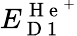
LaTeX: E_{\mathrm{~D~1~}}^{\mathrm{~H~e~}^{+}}